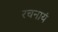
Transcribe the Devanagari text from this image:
रचनायं